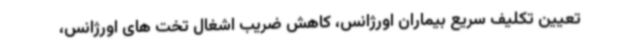
تعیین تکلیف سریع بیماران اورژانس، کاهش ضریب اشغال تخت های اورژانس،